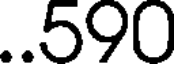
..590